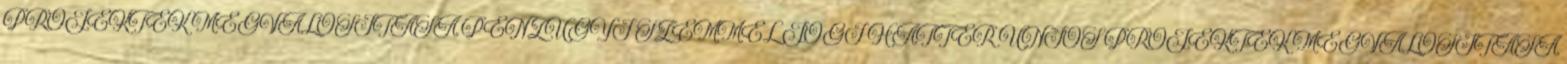
PROJEKTEK MEGVALÓSÍTÁSA PÉNZÜGYI SZEMMEL JOGI HÁTTÉR UNIÓS PROJEKTEK MEGVALÓSÍTÁSA